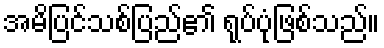
အမိပြင်သစ်ပြည်၏ ရုပ်ပုံဖြစ်သည်။